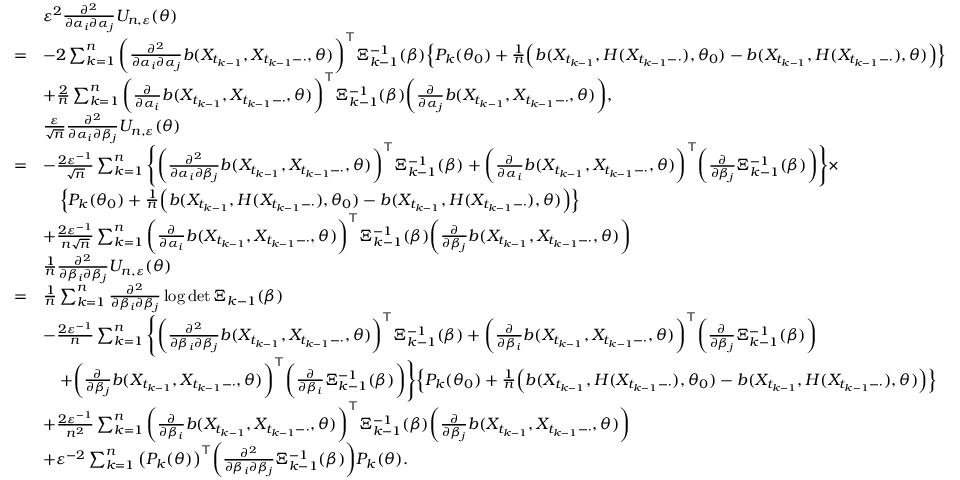
\begin{array} { r l } & { \varepsilon ^ { 2 } \frac { \partial ^ { 2 } } { \partial \alpha _ { i } \partial \alpha _ { j } } U _ { n , \varepsilon } ( \theta ) } \\ { = } & { - 2 \sum _ { k = 1 } ^ { n } \bigg ( \frac { \partial ^ { 2 } } { \partial \alpha _ { i } \partial \alpha _ { j } } b ( X _ { t _ { k - 1 } } , X _ { t _ { k - 1 } - \cdot } , \theta ) \bigg ) ^ { \top } \Xi _ { k - 1 } ^ { - 1 } ( \beta ) \Big \{ P _ { k } ( \theta _ { 0 } ) + \frac { 1 } { n } \Big ( b ( X _ { t _ { k - 1 } } , H ( X _ { t _ { k - 1 } - \cdot } ) , \theta _ { 0 } ) - b ( X _ { t _ { k - 1 } } , H ( X _ { t _ { k - 1 } - \cdot } ) , \theta ) \Big ) \Big \} } \\ & { + \frac { 2 } { n } \sum _ { k = 1 } ^ { n } \bigg ( \frac { \partial } { \partial \alpha _ { i } } b ( X _ { t _ { k - 1 } } , X _ { t _ { k - 1 } - \cdot } , \theta ) \bigg ) ^ { \top } \Xi _ { k - 1 } ^ { - 1 } ( \beta ) \bigg ( \frac { \partial } { \partial \alpha _ { j } } b ( X _ { t _ { k - 1 } } , X _ { t _ { k - 1 } - \cdot } , \theta ) \bigg ) , } \\ & { \frac { \varepsilon } { \sqrt { n } } \frac { \partial ^ { 2 } } { \partial \alpha _ { i } \partial \beta _ { j } } U _ { n , \varepsilon } ( \theta ) } \\ { = } & { - \frac { 2 \varepsilon ^ { - 1 } } { \sqrt { n } } \sum _ { k = 1 } ^ { n } \Bigg \{ \bigg ( \frac { \partial ^ { 2 } } { \partial \alpha _ { i } \partial \beta _ { j } } b ( X _ { t _ { k - 1 } } , X _ { t _ { k - 1 } - \cdot } , \theta ) \bigg ) ^ { \top } \Xi _ { k - 1 } ^ { - 1 } ( \beta ) + \bigg ( \frac { \partial } { \partial \alpha _ { i } } b ( X _ { t _ { k - 1 } } , X _ { t _ { k - 1 } - \cdot } , \theta ) \bigg ) ^ { \top } \bigg ( \frac { \partial } { \partial \beta _ { j } } \Xi _ { k - 1 } ^ { - 1 } ( \beta ) \bigg ) \Bigg \} \times } \\ & { \quad \Big \{ P _ { k } ( \theta _ { 0 } ) + \frac { 1 } { n } \Big ( b ( X _ { t _ { k - 1 } } , H ( X _ { t _ { k - 1 } - \cdot } ) , \theta _ { 0 } ) - b ( X _ { t _ { k - 1 } } , H ( X _ { t _ { k - 1 } - \cdot } ) , \theta ) \Big ) \Big \} } \\ & { + \frac { 2 \varepsilon ^ { - 1 } } { n \sqrt { n } } \sum _ { k = 1 } ^ { n } \bigg ( \frac { \partial } { \partial \alpha _ { i } } b ( X _ { t _ { k - 1 } } , X _ { t _ { k - 1 } - \cdot } , \theta ) \bigg ) ^ { \top } \Xi _ { k - 1 } ^ { - 1 } ( \beta ) \bigg ( \frac { \partial } { \partial \beta _ { j } } b ( X _ { t _ { k - 1 } } , X _ { t _ { k - 1 } - \cdot } , \theta ) \bigg ) } \\ & { \frac { 1 } { n } \frac { \partial ^ { 2 } } { \partial \beta _ { i } \partial \beta _ { j } } U _ { n , \varepsilon } ( \theta ) } \\ { = } & { \frac { 1 } { n } \sum _ { k = 1 } ^ { n } \frac { \partial ^ { 2 } } { \partial \beta _ { i } \partial \beta _ { j } } \log \operatorname* { d e t } \Xi _ { k - 1 } ( \beta ) } \\ & { - \frac { 2 \varepsilon ^ { - 1 } } { n } \sum _ { k = 1 } ^ { n } \Bigg \{ \bigg ( \frac { \partial ^ { 2 } } { \partial \beta _ { i } \partial \beta _ { j } } b ( X _ { t _ { k - 1 } } , X _ { t _ { k - 1 } - \cdot } , \theta ) \bigg ) ^ { \top } \Xi _ { k - 1 } ^ { - 1 } ( \beta ) + \bigg ( \frac { \partial } { \partial \beta _ { i } } b ( X _ { t _ { k - 1 } } , X _ { t _ { k - 1 } - \cdot } , \theta ) \bigg ) ^ { \top } \bigg ( \frac { \partial } { \partial \beta _ { j } } \Xi _ { k - 1 } ^ { - 1 } ( \beta ) \bigg ) } \\ & { \quad + \bigg ( \frac { \partial } { \partial \beta _ { j } } b ( X _ { t _ { k - 1 } } , X _ { t _ { k - 1 } - \cdot } , \theta ) \bigg ) ^ { \top } \bigg ( \frac { \partial } { \partial \beta _ { i } } \Xi _ { k - 1 } ^ { - 1 } ( \beta ) \bigg ) \Bigg \} \Big \{ P _ { k } ( \theta _ { 0 } ) + \frac { 1 } { n } \Big ( b ( X _ { t _ { k - 1 } } , H ( X _ { t _ { k - 1 } - \cdot } ) , \theta _ { 0 } ) - b ( X _ { t _ { k - 1 } } , H ( X _ { t _ { k - 1 } - \cdot } ) , \theta ) \Big ) \Big \} } \\ & { + \frac { 2 \varepsilon ^ { - 1 } } { n ^ { 2 } } \sum _ { k = 1 } ^ { n } \bigg ( \frac { \partial } { \partial \beta _ { i } } b ( X _ { t _ { k - 1 } } , X _ { t _ { k - 1 } - \cdot } , \theta ) \bigg ) ^ { \top } \Xi _ { k - 1 } ^ { - 1 } ( \beta ) \bigg ( \frac { \partial } { \partial \beta _ { j } } b ( X _ { t _ { k - 1 } } , X _ { t _ { k - 1 } - \cdot } , \theta ) \bigg ) } \\ & { + \varepsilon ^ { - 2 } \sum _ { k = 1 } ^ { n } \big ( P _ { k } ( \theta ) \big ) ^ { \top } \bigg ( \frac { \partial ^ { 2 } } { \partial \beta _ { i } \partial \beta _ { j } } \Xi _ { k - 1 } ^ { - 1 } ( \beta ) \bigg ) P _ { k } ( \theta ) . } \end{array}